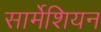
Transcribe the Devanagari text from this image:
सार्मेशियन